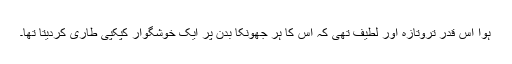
ہوا اس قدر تروتازہ اور لطیف تھی کہ اس کا ہر جھونکا بدن پر ایک خوشگوار کپکپی طاری کردیتا تھا۔